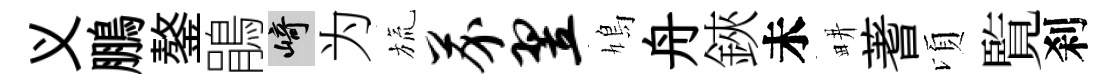
义鵬鏊鵑崎为旒芥翌鳩舟鋏未畊蓍頃覧刹